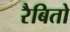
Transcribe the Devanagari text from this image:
रैबितो